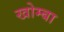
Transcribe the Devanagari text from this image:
खोम्बा